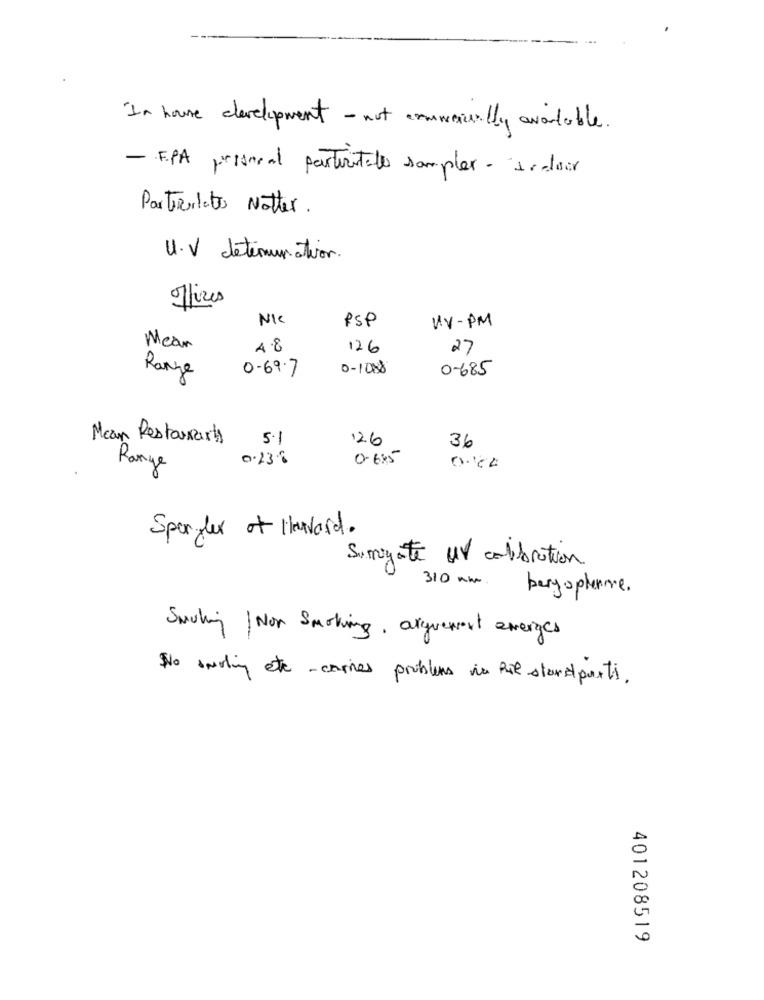
In house development - not commercially available.
- EPA priseral parteritalo samples - 1 -- loir
Partierlato Natter .
U.V determination.
Offices
NIC
PSP
UV-PM
Mean
4.8
126
27
Range
0-69.7
0-108
0-685
Mean Restaurart
5.1
126
36
0.238
0-6:45
Range
Spengler of Howard.
Surrogate ur calibration
310 who
bergophenne.
Smiling Non Smoking, arguement everges
No anoling etc-carries problems in Ril standparti.
401208519